Leaving Certificate Examination, 1908
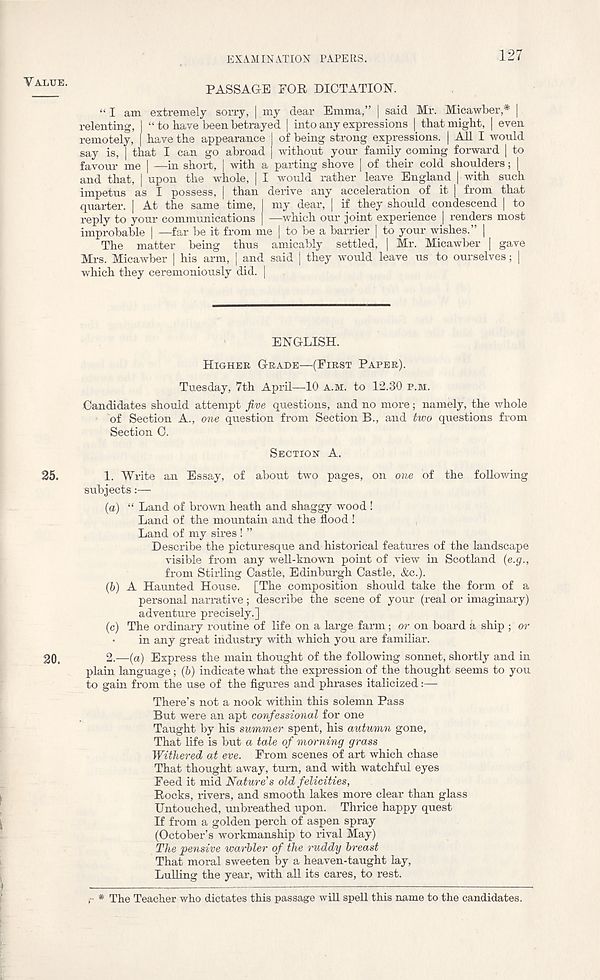
EXA.MINzV.TION PAPERS.
127
PASSAGE FOR DICTATION.
“ I am extremely sorry, | my dear Emma,” | said Mr. Micawber,* |
relenting, | “ to have been betrayed | into any expressions | that might, | even
remotely, | have the appearance I of being strong expressions. | All I would
say is, | that I can go abroad | without your family coming forward | to
favour me | —in short, | with a parting shove | of their cold shoulders; |
and that, | upon the whole, | I would rather leave England | with such
impetus as I possess, | than derive any acceleration of it | from that
quarter. | At the same time, I my dear, | if they should condescend | to
reply to your communications | —which our joint experience | renders most
improbable | —far be it from me | to be a barrier | to your wishes.” |
The matter being thus amicably settled, | Mr. Micawber [ gave
Mrs. Micawber | his arm, | and said | they would leave us to ourselves; |
which they ceremoniously did. |
ENGLISH.
HIGHER GRADE—(FIRST PAPER).
Tuesday, 7th April—10 A.M. to 12.30 P.M.
Candidates should attempt Jive questions, and no more; namely, the whole
of Section A., one question from Section B., and two questions from
Section 0.
SECTION A.
25.
1. Write an Essay, of about two pages, on one of the following
subjects:—
(a) “ Land of brown heath and shaggy wood!
Land of the mountain and the flood !
Land of my sires ! ”
Describe the picturesque and historical features of the landscape
visible from any well-known point of view in Scotland (e.g.,
from Stirling Castle, Edinburgh Castle, &c.).
(b) A Haunted House. [The composition should take the form of a
personal narrative; describe the scene of your (real or imaginary)
adventure precisely.]
(c) The ordinary routine of life on a large farm; or on board a ship ; or
•
in any great industry with which you are familiar.
20.
2.—(a) Express the main thought of the following sonnet, shortly and in
plain language; (b) indicate what the expression of the thought seems to you
to gain from the use of the figures and phrases italicized:—
There’s not a nook within this solemn Pass
But were an apt confessional for one
Taught by his summer spent, his autumn gone,
That life is but a tale of morning grass
Withered at eve. From scenes of art which chase
That thought away, turn, and with watchful eyes
Feed it mid Nature's old felicities,
Rocks, livers, and smooth lakes more clear than glass
Untouched, unbreathed upon. Thrice happy quest
If from a golden perch of aspen spray
(October’s workmanship to rival May)
The pensive warbler of the ruddy breast
That moral sweeten by a heaven-taught lay,
Lulling the year, with all its cares, to rest.
* The Teacher who dictates this passage will spell this name to the candidates.